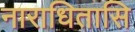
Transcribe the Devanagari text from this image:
नाराधितासि